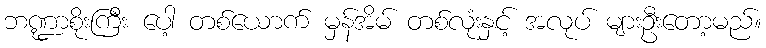
ဘဏ္ဍာစိုးကြီး ပေါ့ တစ်ယောက် မှန်အိမ် တစ်လုံးနှင့် အလုပ် များဦးတော့မည်။